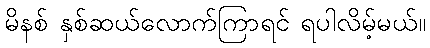
မိနစ် နှစ်ဆယ်လောက်ကြာရင် ရပါလိမ့်မယ်။